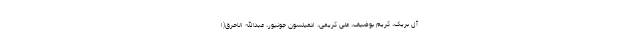
آل بریک، کریم بوضیف، علی کریمی، ادمیلسون جونیور، عبدالله الاحرق(ا